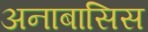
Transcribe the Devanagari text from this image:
अनाबासिस